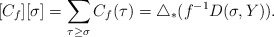
\begin{align*}[C_f][\sigma]=\sum_{\tau\geq\sigma}C_f(\tau)=\triangle_\ast(f^{-1}D(\sigma,Y)).\end{align*}